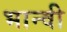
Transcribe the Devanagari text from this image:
भान्वी